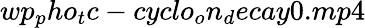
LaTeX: wp_{p}ho_{t}c-cyclo_{o}n_{d}ecay0.mp4